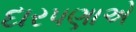
દારપણાએ